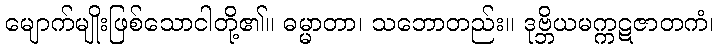
မျောက်မျိုးဖြစ်သောငါတို့၏။ ဓမ္မာတာ၊ သဘောတည်း။ ဒုဗ္ဘိယမက္ကဋဇာတကံ၊